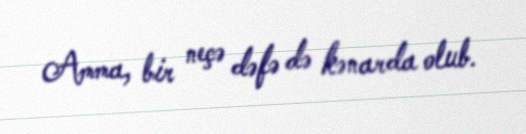
Amma, bir neçə dəfə də kənarda olub.